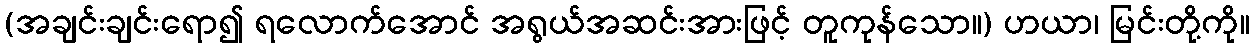
(အချင်းချင်းရော၍ ရလောက်အောင် အရွယ်အဆင်းအားဖြင့် တူကုန်သော။) ဟယာ၊ မြင်းတို့ကို။